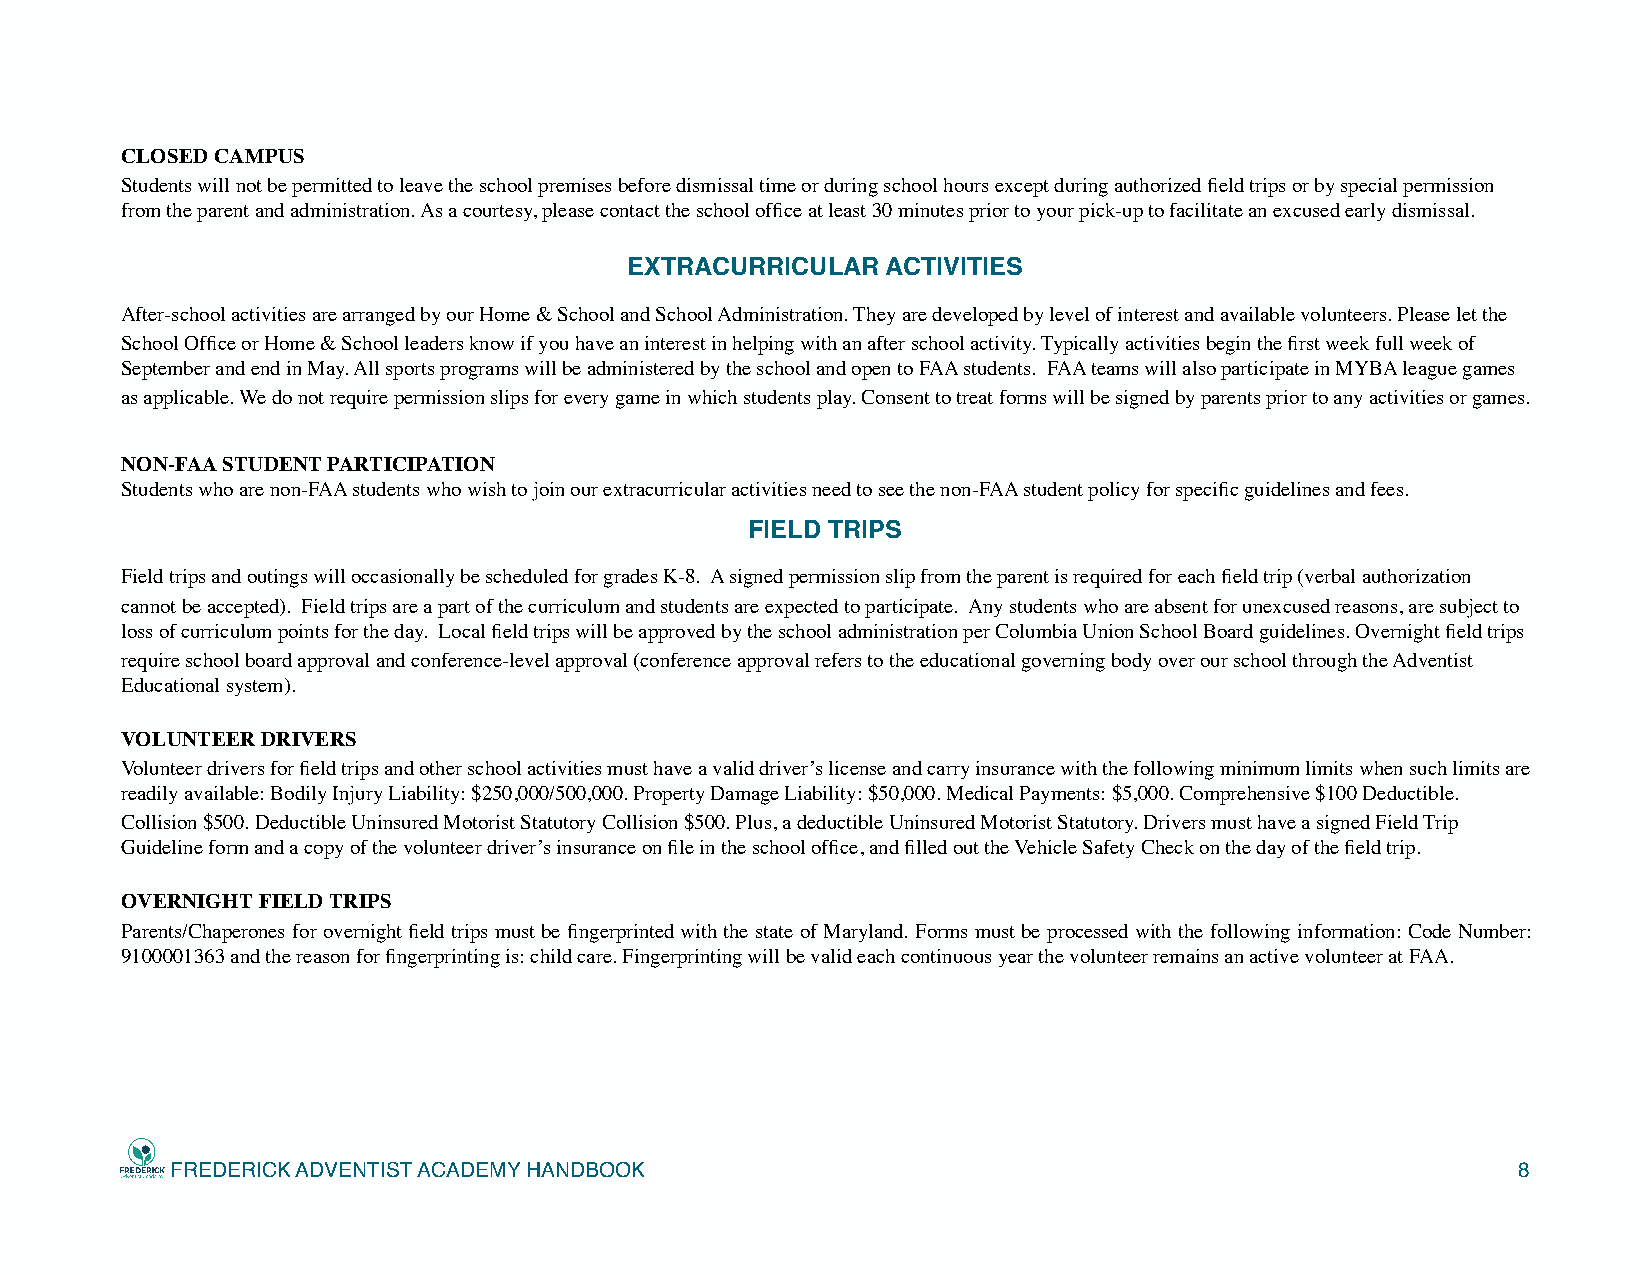
CLOSED CAMPUS
 Students will not be permitted to leave the school premises before dismissal time or during school hours except during authorized field trips or by special permission
 from the parent and administration. As a courtesy, please contact the school office at least 30 minutes prior to your pick-up to facilitate an excused early dismissal.
 EXTRACURRICULAR  ACTIVITIES
 After-school activities are arranged by our Home & School and School Administration. They are developed by level of interest and available volunteers. Please let the
 School Office or Home & School leaders know if you have an interest in helping with an after school activity. Typically activities begin the first week full week of
 September and end in May. All sports programs will be administered by the school and open to FAA students. FAA teams will also participate in MYBA league games
 as applicable. We do not require permission slips for every game in which students play. Consent to treat forms will be signed by parents prior to any activities or games.
 NON-FAA STUDENT PARTICIPATION
 Students who are non-FAA students who wish to join our extracurricular activities need to see the non-FAA student policy for specific guidelines and fees.
 FIELD TRIPS
 Field trips and outings will occasionally be scheduled for grades K-8. A signed permission slip from the parent is required for each field trip (verbal authorization
 cannot be accepted). Field trips are a part of the curriculum and students are expected to participate. Any students who are absent for unexcused reasons, are subject to
 loss of curriculum points for the day. Local field trips will be approved by the school administration per Columbia Union School Board guidelines. Overnight field trips
 require school board approval and conference-level approval (conference approval refers to the educational governing body over our school through the Adventist
 Educational system).
 VOLUNTEER DRIVERS
 Volunteer drivers for field trips and other school activities must have a valid driver’s license and carry insurance with the following minimum limits when such limits are
 readily available: Bodily Injury Liability: $250,000/500,000. Property Damage Liability: $50,000. Medical Payments: $5,000. Comprehensive $100 Deductible.
 Collision $500. Deductible Uninsured Motorist Statutory Collision $500. Plus, a deductible Uninsured Motorist Statutory. Drivers must have a signed Field Trip
 Guideline form and a copy of the volunteer driver’s insurance on file in the school office, and filled out the Vehicle Safety Check on the day of the field trip.
 OVERNIGHT FIELD TRIPS
 Parents/Chaperones for overnight field trips must be fingerprinted with the state of Maryland. Forms must be processed with the following information: Code Number:
 9100001363 and the reason for fingerprinting is: child care. Fingerprinting will be valid each continuous year the volunteer remains an active volunteer at FAA.
 FREDERICK ADVENTIST ACADEMY HANDBOOK                                                     8